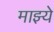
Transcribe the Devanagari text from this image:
माझ्ये